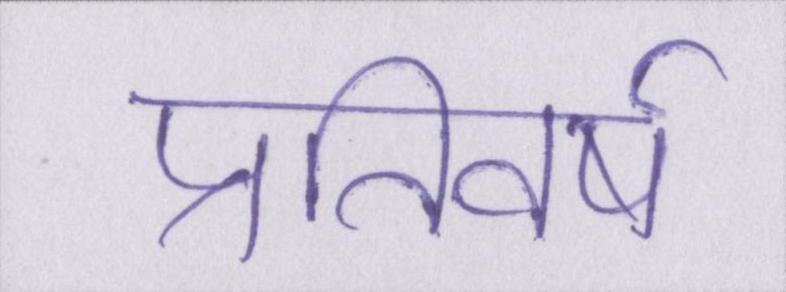
प्रतिवर्ष